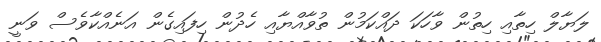
ލަޔާލް ހިތާއި ހިތުން ވާހަކަ ދައްކަމުން ތުވާއްޔާއި ހެދުން ހިފައިގެން އަނެއްކާވެސް ވަނީ